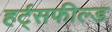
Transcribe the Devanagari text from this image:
हर्ट्सफील्ड